Vaccination in Bombay 1874-1876 - 1874-1876
Year: 1874
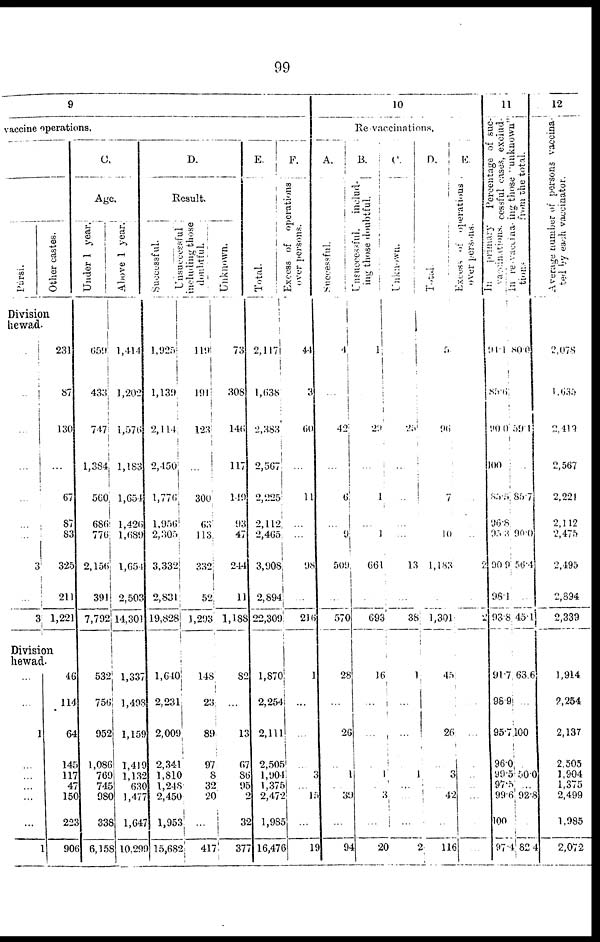
99
9
vaccine operations.
Pársi.
Other castes.
Division
hewad.
.
..
..
..
...
...
...
3
...
3
231
87
130
...
67
87
83
325
211
1,221
Division
hewad.
...
...
1
...
...
...
...
...
...
46
114
64
145
117
47
150
223
906
C.
Age.
Under 1 year
659
433
747
1,384
560
686
776
2,156
391
7,792
532
756
952
1,086
769
745
980
338
6,158
Above 1 year.
1,414
1,202
1,576
1,183
1,654
1,426
1,689
1,654
2,503
14,301
1,337
1,498
1,159
1,419
1,132
630
1,477
1,647
10,299
D.
Result.
Successful.
1,925
1,139
2,114
2,450
1,776
1,956
2,305
3,332
2,831
19,828
1,640
2,231
2,009
2,341
1,810
1,248
2,450
1,953
15,682
Unsuccessful
including those
doubtful.
119
191
123
...
300
63
113
332
52
1,293
148
23
89
97
8
32
20
...
417
Unknown.
73
308
146
117
1.19
93
47
244
11
1,188
82
...
13
67
86
95
2
32
377
E.
Total.
2,117
1,638
2,383
2,567
2,225
2,112
2,465
3,908
2,894
22,309
1,870
2,254
2,111
2,505
1,904
1,375
2,472
1,985
16,476
F.
Excess of operations
over persons.
44
3
60
...
11
...
...
98
...
216
1
...
...
..
3
...
15
...
19
10
Re-vaccinations,
A.
Successful.
4
...
42
...
6
...
9
509
...
570
28
...
26
..
1
.
39
...
94
B.
Unsuccessful, includ-
ing those doubtful.
1
29
...
1
...
1
661
693
16
...
...
..
1
.
3
...
20
C.
Unknown.
25
...
...
...
...
13
38
1
...
..
..
1
.
...
...
2
D.
Total.
5
96
...
7
...
10
1,183
1,301
45
...
26
..
3
..
42
...
116
E.
Excess of operations
over persons.
...
...
...
..
2
2
...
...
..
...
..
...
...
11
Percentage of suc-
cessful cases, exclud-
ing those "unknown"
from the total.
In
primary
vaccinations.
94.1
85.6
90.0
100
85. 5
96.8
95.3
90.9
98.1
93.8
91.7
98.9
95.7
96.0
99.5
97.5
99.6
100
97.4
in re-vaccina-
tions.
80.0
59.1
85.7
90.0
56.4
45.1
63.6
...
100
50.0
...
92.8
82.4
12
Average number of persons vaccina-
ted by each vaccinator.
2,078
1,635
2,410
2,567
2,221
2,112
2,475
2,495
2,894
2,339
1,914
2,254
2,137
2,505
1,904
1,375
2,499
1,985
2,072